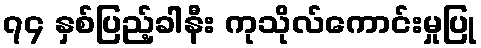
၇၄ နှစ်ပြည့်ခါနီး ကုသိုလ်ကောင်းမှုပြု